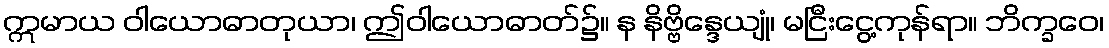
ဣမာယ ဝါယောဓာတုယာ၊ ဤဝါယောဓာတ်၌။ န နိဗ္ဗိန္ဒေယျုံ၊ မငြီးငွေ့ကုန်ရာ။ ဘိက္ခဝေ၊